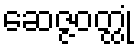
ဆေဇ္ဇဝတ္ထုံ